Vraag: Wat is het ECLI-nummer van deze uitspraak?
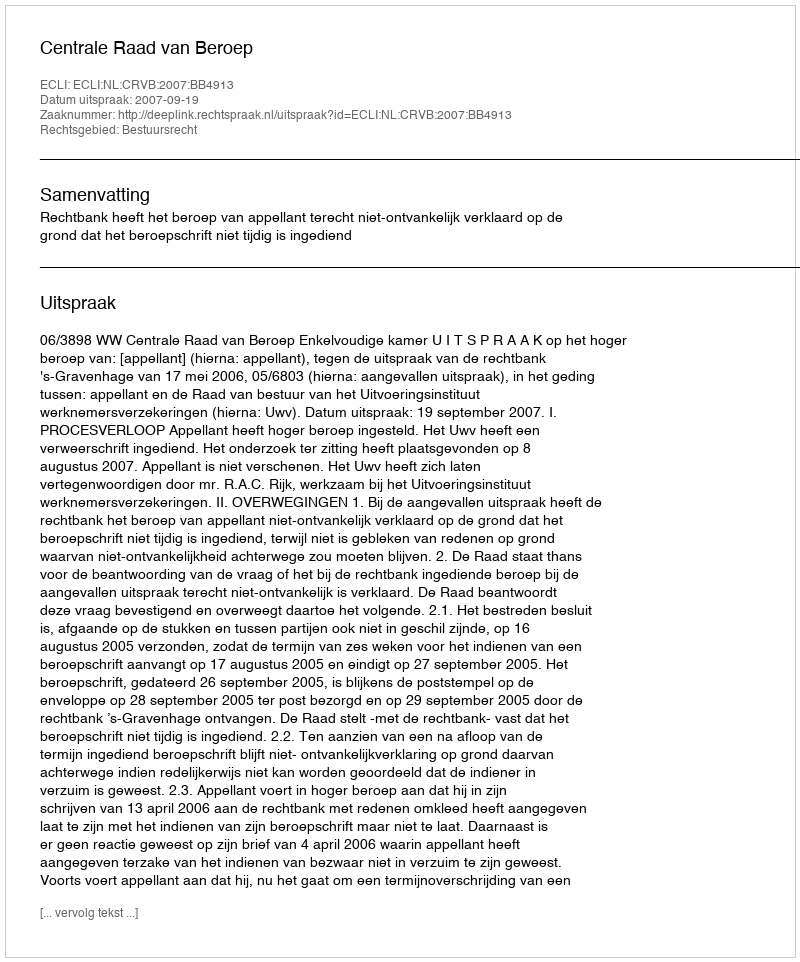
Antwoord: ECLI:NL:CRVB:2007:BB4913